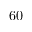
6 0